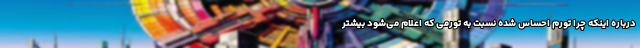
درباره اینکه چرا تورم احساس شده نسبت به تورمی که اعلام می‌شود بیشتر